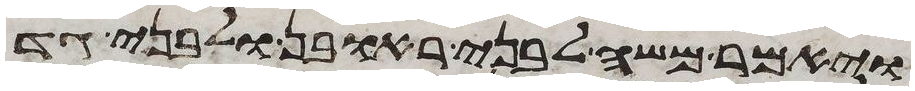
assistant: ויאמר משה לבני ראובן ולבני גד